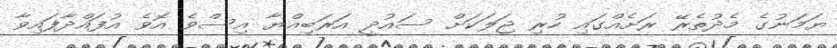
ޔަމަނުގެ މެދުތެރޭ ރަށެއްގައި ހުރި ޖަލަކަށް ސައުދީ އަރަބިއްޔާ އިސްވެ އޮވެ އުފައްދާފައިވާ